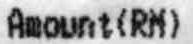
AMOUNT(RM)